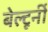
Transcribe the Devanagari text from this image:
बेल्टूर्नी